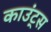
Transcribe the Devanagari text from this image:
काउंट्स